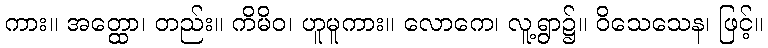
ကား။ အတ္ထော၊ တည်း။ ကိမိဝ၊ ဟူမူကား။ လောကေ၊ လူ့ရွာ၌။ ဝိသေသေန၊ ဖြင့်။